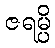
ဇရမ္ပိ